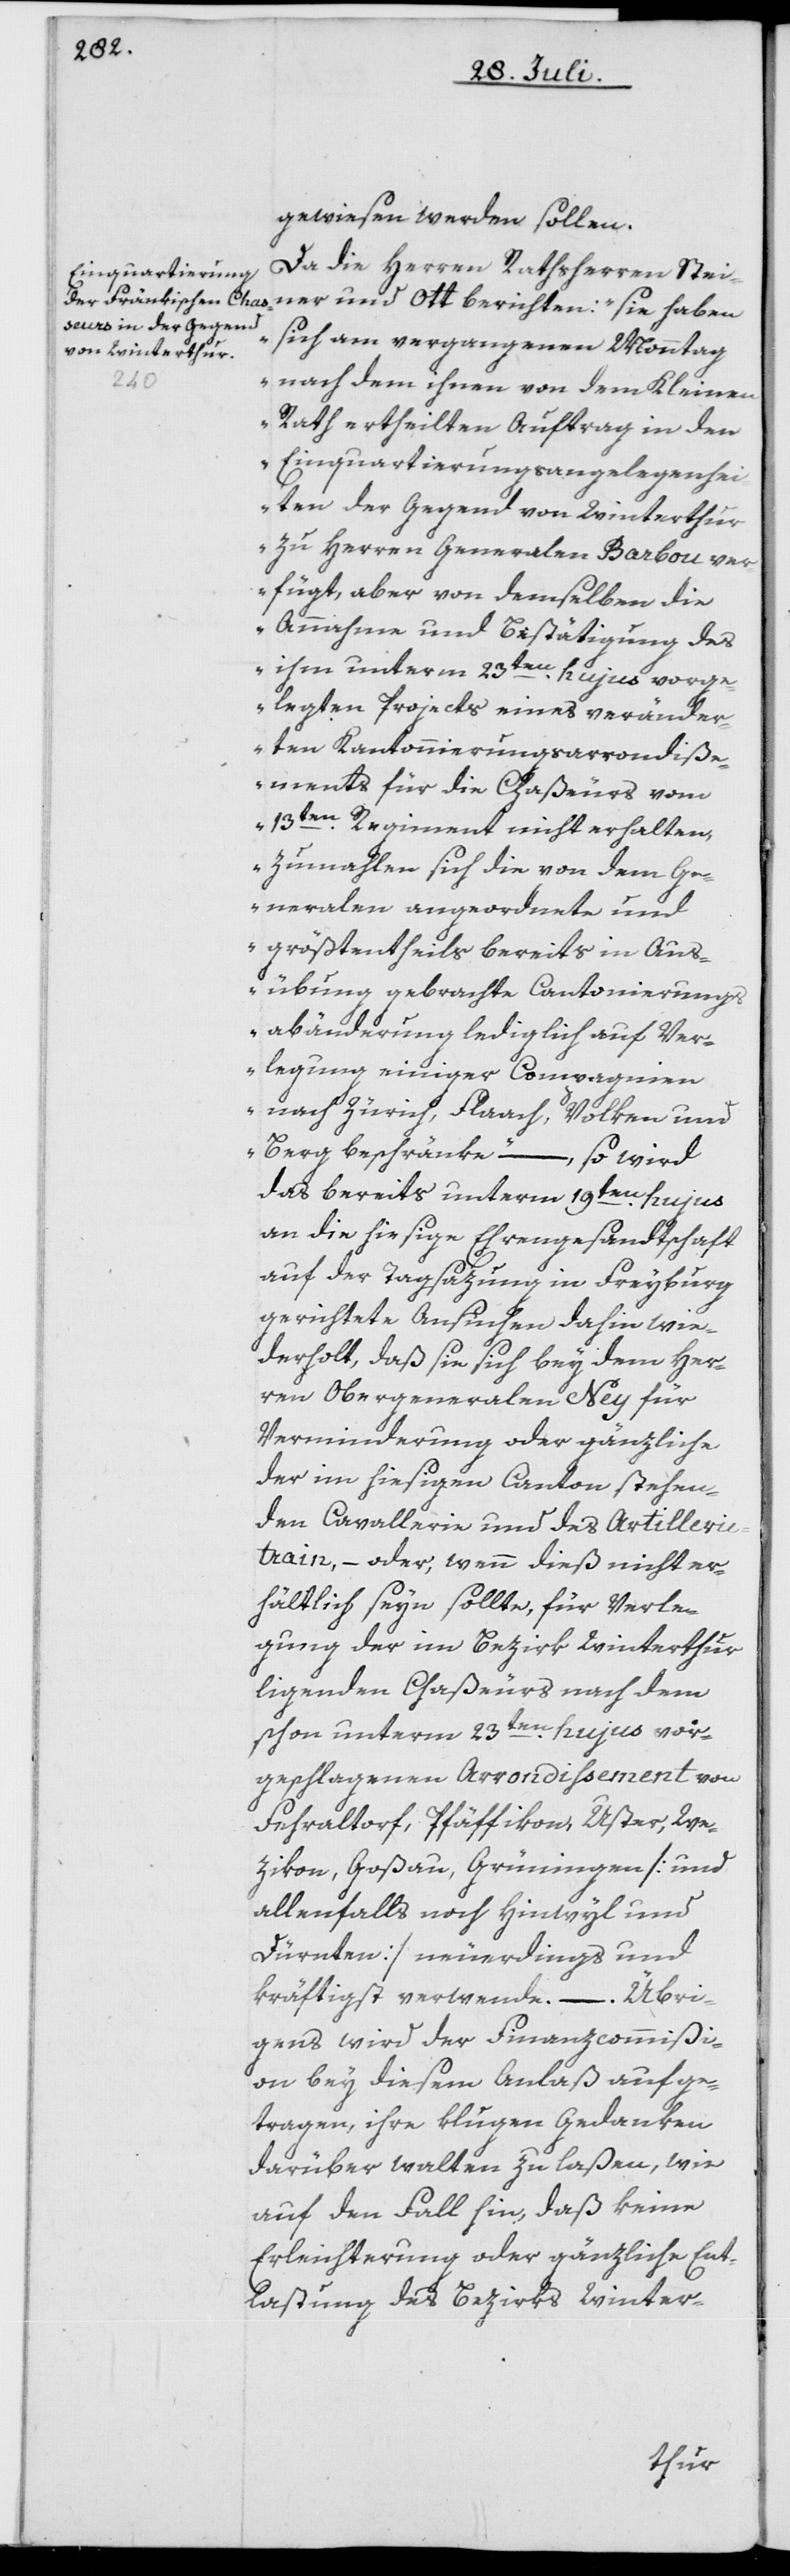
gewiesen werden sollen.
Da die Herren Rathsherren Stei¬
ner und Ott berichten: „sie haben
sich am vergangenen Monntag,
nach dem ihnen von dem Kleinen
Rath ertheilten Auftrag in den
Einquartierungsangelegenhei¬
ten der Gegend von Winterthur
zu Herren Generalen Barbou ver¬
fügt, aber von demselben die
Annahme und Bestätigung des
ihm unterm 23ten hujus vorge¬
legten Projects eines veränder¬
ten Kantonnierungsarrondiße¬
ments für die Chaßeurs vom
13ten Regiment nicht erhalten,
zumahlen sich die von dem Ge¬
neralen angeordnete und
größtentheils bereits in Aus¬
übung gebrachte Cantonierungs¬
abänderung lediglich auf Ver¬
legung einiger Compagnien
nach Zürich, Flaach, Volken und
Berg beschränke“ – so wird
das bereits unterm 19ten hujus
an die hiesige Ehrengesandtschaft
auf der Tagsazung in Freyburg
gerichtete Ansuchen dahin wie¬
derholt, daß sie sich bey dem Her¬
ren Obergeneralen Ney für
Verminderung oder gänzliche
der im hiesigen Canton stehen¬
den Cavallerie und des Artilleri¬
etrain, – oder, wenn dieß nicht er¬
hältlich seyn sollte, für Verle¬
gung der im Bezirk Winterthur
liegenden Chaßeurs nach dem
schon unterm 23ten hujus vor¬
geschlagenen Arrondissement von
Fehraltorf, Pfäffikon, Uster, We¬
zikon, Goßau, Grüningen [und
allenfalls noch Hinwyl und
Dürnten] neuerdings und
kräftigst verwende. – Übri¬
gens wird der Finanzcommißi¬
on bey diesem Anlaß aufge¬
tragen, ihre klugen Gedanken
darüber walten zu laßen, wie
auf den Fall hin, daß keine
Erleichterung oder gänzliche Ent¬
lastung des Bezirks Winter-